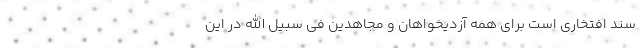
سند افتخاری است برای همه آزدیخواهان و مجاهدین فی سبیل الله در این